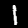
Label: 1